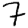
Digit: 7